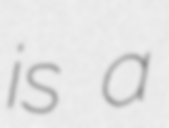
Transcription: is a